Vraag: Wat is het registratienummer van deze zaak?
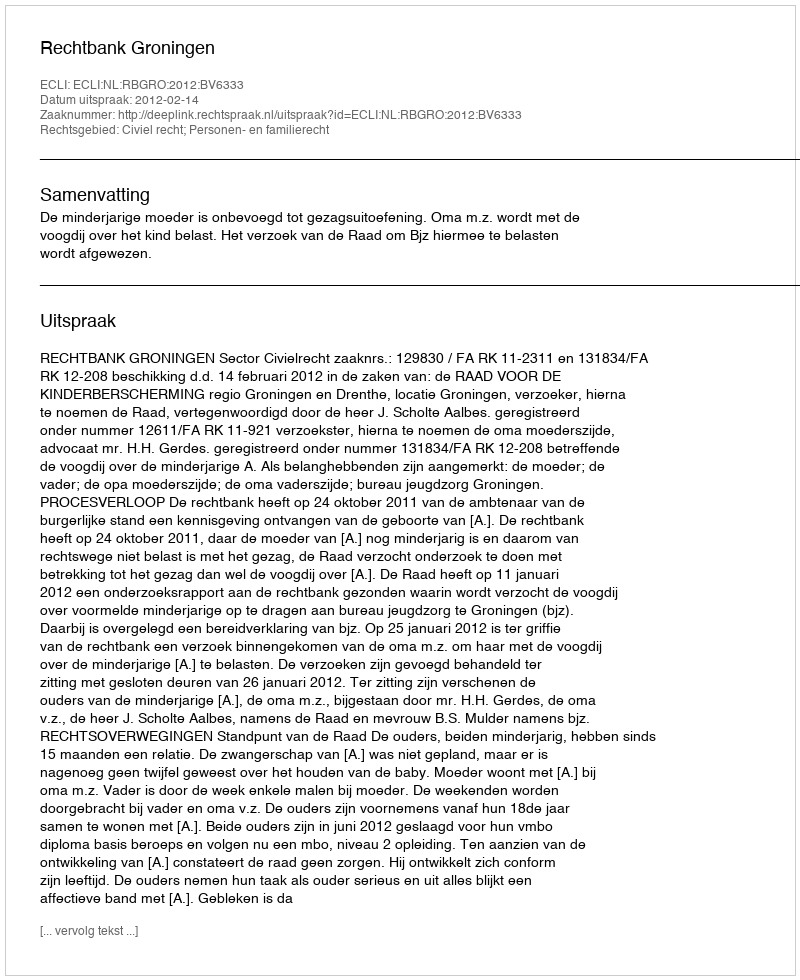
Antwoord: http://deeplink.rechtspraak.nl/uitspraak?id=ECLI:NL:RBGRO:2012:BV6333